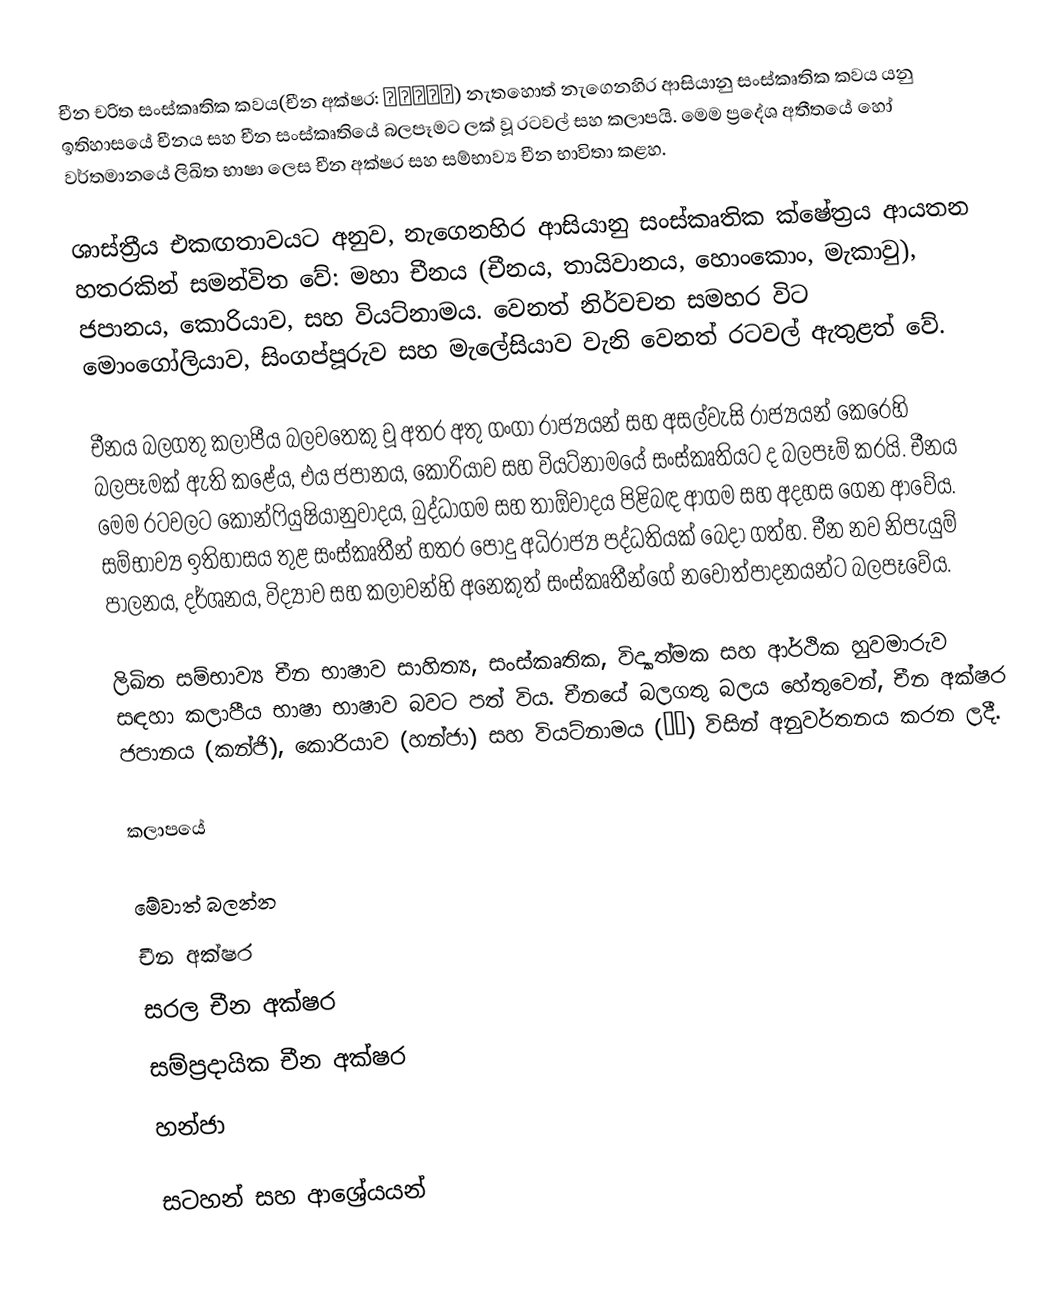
චීන චරිත සංස්කෘතික කවය(චීන අක්ෂර: 漢字文化圈) නැතහොත් නැගෙනහිර ආසියානු සංස්කෘතික කවය යනු ඉතිහාසයේ චීනය ​​සහ චීන සංස්කෘතියේ බලපෑමට ලක් වූ රටවල් සහ කලාපයි. මෙම ප්‍රදේශ අතීතයේ හෝ වර්තමානයේ ලිඛිත භාෂා ලෙස චීන අක්ෂර සහ සම්භාව්‍ය චීන භාවිතා කළහ.

ශාස්ත්‍රීය එකඟතාවයට අනුව, නැගෙනහිර ආසියානු සංස්කෘතික ක්ෂේත්‍රය ආයතන හතරකින් සමන්විත වේ: මහා චීනය (චීනය, තායිවානය, හොංකොං, මැකාවු), ජපානය, කොරියාව, සහ වියට්නාමය. වෙනත් නිර්වචන සමහර විට මොංගෝලියාව, සිංගප්පූරුව සහ මැලේසියාව වැනි වෙනත් රටවල් ඇතුළත් වේ.

චීනය බලගතු කලාපීය බලවතෙකු වූ අතර අතු ගංගා රාජ්‍යයන් සහ අසල්වැසි රාජ්‍යයන් කෙරෙහි බලපෑමක් ඇති කළේය, එය ජපානය, කොරියාව සහ වියට්නාමයේ සංස්කෘතියට ද බලපෑම් කරයි. චීනය මෙම රටවලට කොන්ෆියුෂියානුවාදය, බුද්ධාගම සහ තාඕවාදය පිළිබඳ ආගම සහ අදහස ගෙන ආවේය. සම්භාව්‍ය ඉතිහාසය තුළ සංස්කෘතීන් හතර පොදු අධිරාජ්‍ය පද්ධතියක් බෙදා ගත්හ. චීන නව නිපැයුම් පාලනය, දර්ශනය, විද්‍යාව සහ කලාවන්හි අනෙකුත් සංස්කෘතීන්ගේ නවෝත්පාදනයන්ට බලපෑවේය.

ලිඛිත සම්භාව්‍ය චීන භාෂාව සාහිත්‍ය, සංස්කෘතික, විද්‍යාත්මක සහ ආර්ථික හුවමාරුව සඳහා කලාපීය භාෂා භාෂාව බවට පත් විය. චීනයේ බලගතු බලය හේතුවෙන්, චීන අක්ෂර ජපානය (කන්ජි), කොරියාව (හන්ජා) සහ වියට්නාමය (𡨸漢) විසින් අනුවර්තනය කරන ලදී.

කලාපයේ

මේවාත් බලන්න
චීන අක්ෂර
සරල චීන අක්ෂර
සම්ප්‍රදායික චීන අක්ෂර
හන්ජා

සටහන් සහ ආශ්‍රේයයන්